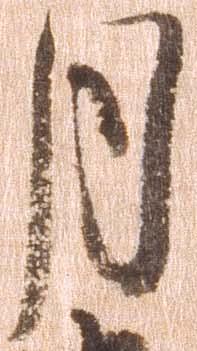
月